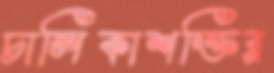
চালিকাশক্তির